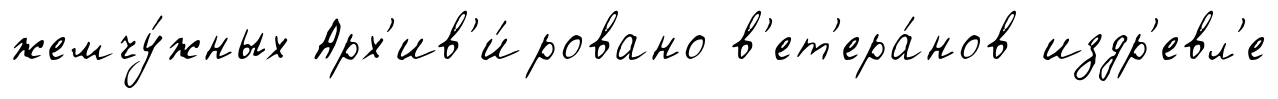
жемчу́жных Арх'ив'и́ровано в'ет'ера́нов издр'евл'е